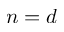
{ n = d }